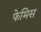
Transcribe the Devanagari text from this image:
फेमिस